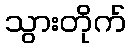
သွားတိုက်